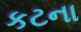
કટના